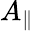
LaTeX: A_{\parallel}